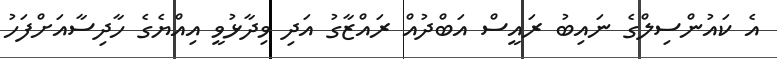
އެ ކައުންސިލްގެ ނައިބު ރައީސް އަބްދުއް ރައްޒާގު އަދި ވިދާޅުވީ އިއްޔެގެ ހާދިސާއަށްފަހު